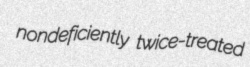
nondeficiently twice-treated